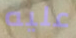
عليه